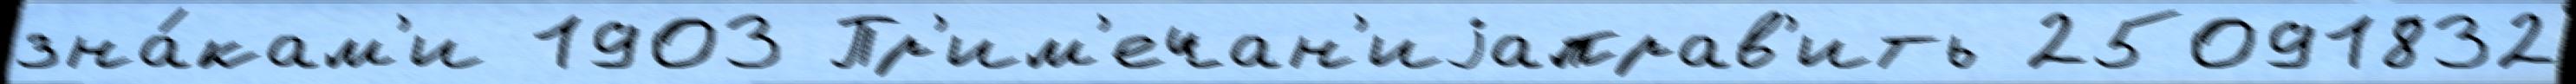
зна́кам'и 1903 Пр'им'ечан'иjаправ'ить 25091832